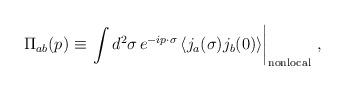
LaTeX: \begin{align*}\Pi_{ab}(p) \equiv \left. \int d^2 \sigma\, e^{-i p \cdot \sigma} \left< j_a(\sigma) j_b(0) \right> \right|_{\rm nonlocal} \, ,\end{align*}